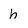
Character: h